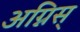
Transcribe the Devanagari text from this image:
अग्निस्